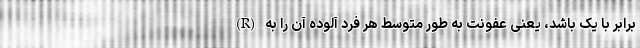
(R) برابر با یک باشد، یعنی عفونت به طور متوسط هر فرد آلوده آن را به